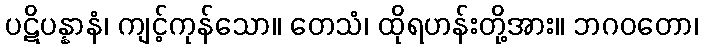
ပဋိပန္နာနံ၊ ကျင့်ကုန်သော။ တေသံ၊ ထိုရဟန်းတို့အား။ ဘဂဝတော၊